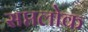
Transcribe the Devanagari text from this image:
सप्तलोक